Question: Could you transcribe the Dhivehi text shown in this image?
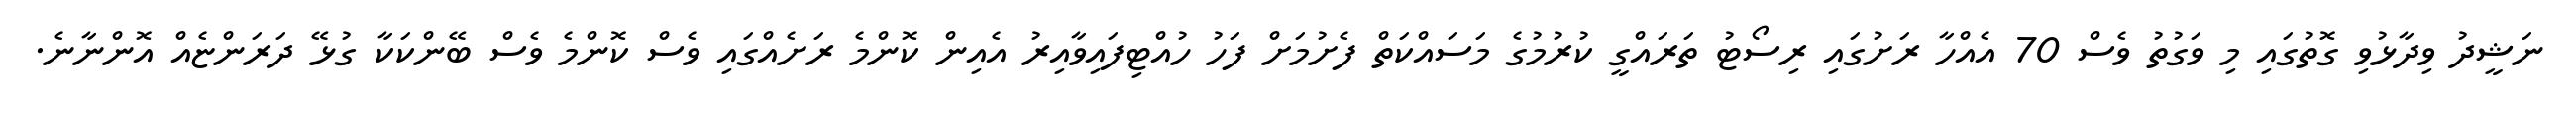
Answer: ނަޝީދު ވިދާޅުވި ގޮތުގައި މި ވަގުތު ވެސް 70 އެއްހާ ރަށުގައި ރިސޯޓު ތަރައްގީ ކުރުމުގެ މަސައްކަތް ފެށުމަށް ފަހު ހުއްޓިފައިވާއިރު އެއިން ކޮންމެ ރަށެއްގައި ވެސް ކޮންމެ ވެސް ބޭންކަކާ ގުޅޭ ދަރަންޏެއް އޮންނާނެ.